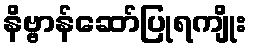
နိဗ္ဗာန်ဆော်ပြုရကျိုး